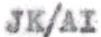
JK/AI